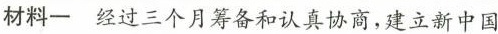
材料一经过三个月筹备和认真协商，建立新中国